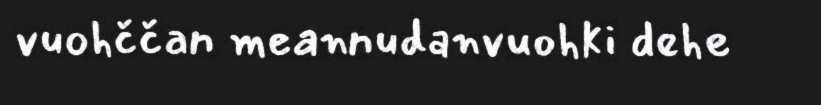
vuohččan meannudanvuohki dehe